system: You are a helpful assistant.
user:
Analyze the provided spectrum to determine if it is a **M-type Giant (gM)**.

A M-type Giant spectrum is defined by its **strong molecular absorption** features, particularly from **Titanium Oxide (TiO)**. You must check for one of the following mutually exclusive signatures:

- **Key Visual Indicators (Absorption-Dominated Spectrum):**

    - **(Primary):** The spectrum is dominated by strong molecular absorption from **Titanium Oxide (TiO)**. This is the **defining feature** of its M-type temperature class.
        - **(Key Bandheads):** Look for sharp, "saw-tooth" absorption valleys. The strongest are located near **~7050 Å**, **~6160 Å**, and **~5170 Å**.
        - **(Line Profile):** The "saw-tooth" morphology is critical: a **sharp, steep drop on the BLUE (short-wavelength) side** of the bandhead, followed by a gradual recovery (rising flux) towards the RED (long-wavelength) side.

    - **(Key Confirmation - Giant vs. Dwarf):** **ABSENCE** of strong **Calcium Hydride (CaH)** molecular bands. This is the primary diagnostic for *excluding* M-dwarfs.
        - **(Key Region):** The spectrum should lack the strong, broad absorption band seen in dwarfs between **~6800 Å and ~7000 Å**.

    - **(Secondary Confirmation - Giant):** A very strong and broad **Neutral Calcium (Ca I)** atomic absorption line.
        - **(Key Line):** Located at **~4226 Å**. In a giant (gM), this line is significantly deeper and broader than the same line in an M-dwarf (dM) due to low surface gravity.

    - **(Overall Spectrum):**
        - The continuum is **extremely red-sloping** (i.e., flux is very low in the blue and rises dramatically towards the red).
        - The entire spectrum appears "chopped up" by the deep TiO bands.

Think first, call **spectral_visualization_tool** if needed to examine features in detail, then provide your final answer. Your response must adhere to the following strict rules:
1.  **Overall Structure:** Your response must follow the format `<think>...</think> <tool_call>...</tool_call> (if a tool is used) <answer>...</answer>`.
2.  **Tool Usage Constraint:** You may only make **one** tool call per turn.
3.  **Final Answer Format:** In the `<answer>` tag, your conclusion must be inside a `\boxed{}` command (e.g., `\boxed{YES}` or `\boxed{NO}`), followed by your justification.

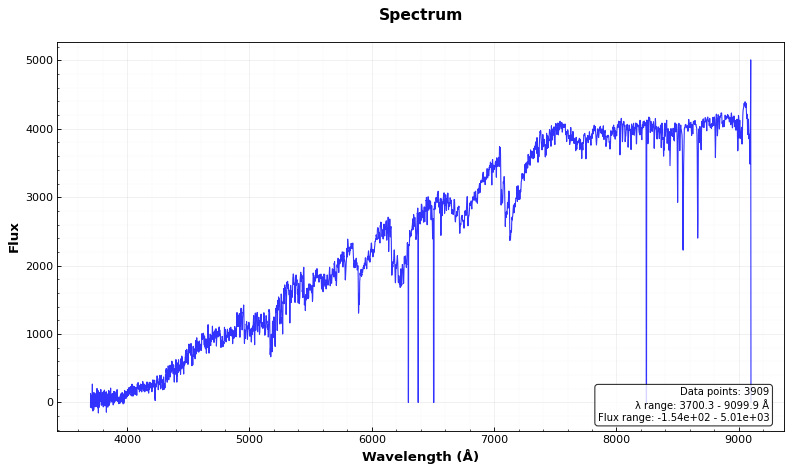
Answer: YES